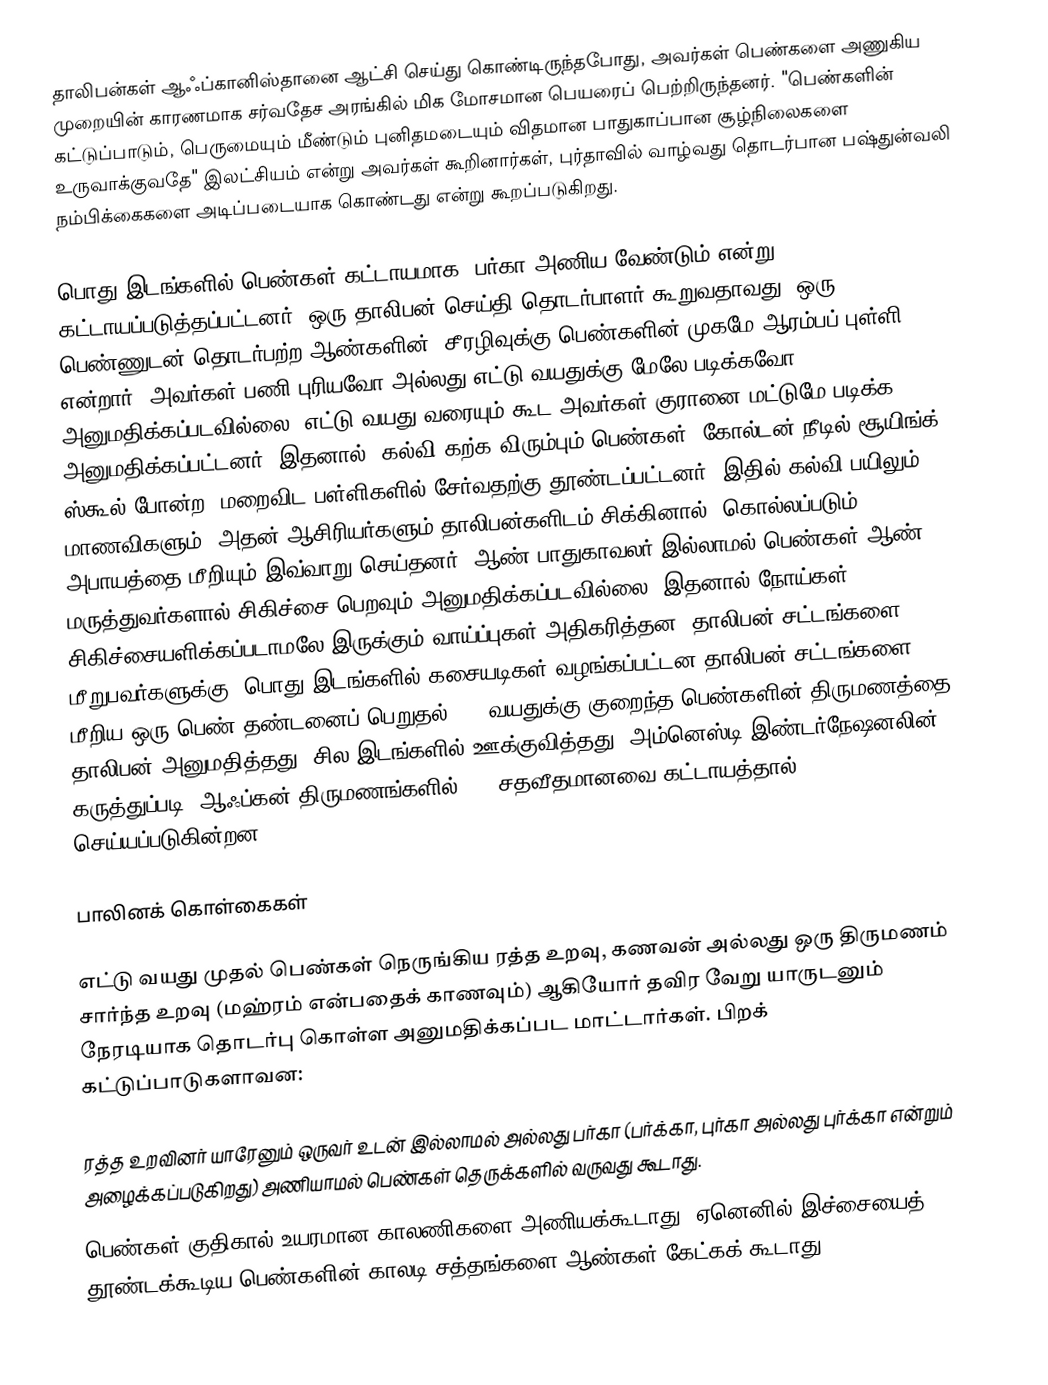
தாலிபன்கள் ஆஃப்கானிஸ்தானை ஆட்சி செய்து கொண்டிருந்தபோது, அவர்கள் பெண்களை அணுகிய முறையின் காரணமாக சர்வதேச அரங்கில் மிக மோசமான பெயரைப் பெற்றிருந்தனர். "பெண்களின் கட்டுப்பாடும், பெருமையும் மீண்டும் புனிதமடையும் விதமான பாதுகாப்பான சூழ்நிலைகளை உருவாக்குவதே" இலட்சியம் என்று அவர்கள் கூறினார்கள், புர்தாவில் வாழ்வது தொடர்பான பஷ்துன்வலி நம்பிக்கைகளை அடிப்படையாக கொண்டது என்று கூறப்படுகிறது.

பொது இடங்களில் பெண்கள் கட்டாயமாக, பர்கா அணிய வேண்டும் என்று கட்டாயப்படுத்தப்பட்டனர், ஒரு தாலிபன் செய்தி தொடர்பாளர் கூறுவதாவது, ஒரு பெண்ணுடன் தொடர்பற்ற ஆண்களின் "சீரழிவுக்கு பெண்களின் முகமே ஆரம்பப் புள்ளி" என்றார். அவர்கள் பணி புரியவோ அல்லது எட்டு வயதுக்கு மேலே படிக்கவோ அனுமதிக்கப்படவில்லை, எட்டு வயது வரையும் கூட அவர்கள் குரானை மட்டுமே படிக்க அனுமதிக்கப்பட்டனர். இதனால், கல்வி கற்க விரும்பும் பெண்கள், கோல்டன் நீடில் சூயிங்க் ஸ்கூல் போன்ற, மறைவிட பள்ளிகளில் சேர்வதற்கு தூண்டப்பட்டனர், இதில் கல்வி பயிலும் மாணவிகளும், அதன் ஆசிரியர்களும் தாலிபன்களிடம் சிக்கினால், கொல்லப்படும் அபாயத்தை மீறியும் இவ்வாறு செய்தனர். ஆண் பாதுகாவலர் இல்லாமல் பெண்கள் ஆண் மருத்துவர்களால் சிகிச்சை பெறவும் அனுமதிக்கப்படவில்லை, இதனால் நோய்கள் சிகிச்சையளிக்கப்படாமலே இருக்கும் வாய்ப்புகள் அதிகரித்தன. தாலிபன் சட்டங்களை மீறுபவர்களுக்கு, பொது இடங்களில் கசையடிகள் வழங்கப்பட்டன தாலிபன் சட்டங்களை மீறிய ஒரு பெண் தண்டனைப் பெறுதல். 16 வயதுக்கு குறைந்த பெண்களின் திருமணத்தை தாலிபன் அனுமதித்தது, சில இடங்களில் ஊக்குவித்தது. அம்னெஸ்டி இண்டர்நேஷனலின் கருத்துப்படி, ஆஃப்கன் திருமணங்களில், 80 சதவீதமானவை கட்டாயத்தால் செய்யப்படுகின்றன.

பாலினக் கொள்கைகள்

எட்டு வயது முதல் பெண்கள் நெருங்கிய ரத்த உறவு, கணவன் அல்லது ஒரு திருமணம் சார்ந்த உறவு (மஹ்ரம் என்பதைக் காணவும்) ஆகியோர் தவிர வேறு யாருடனும் நேரடியாக தொடர்பு கொள்ள அனுமதிக்கப்பட மாட்டார்கள். பிறக் கட்டுப்பாடுகளாவன:

 ரத்த உறவினர் யாரேனும் ஒருவர் உடன் இல்லாமல் அல்லது பர்கா (பர்க்கா, புர்கா அல்லது புர்க்கா என்றும் அழைக்கப்படுகிறது) அணியாமல் பெண்கள் தெருக்களில் வருவது கூடாது.
 பெண்கள் குதிகால் உயரமான காலணிகளை அணியக்கூடாது, ஏனெனில் இச்சையைத் தூண்டக்கூடிய பெண்களின் காலடி சத்தங்களை ஆண்கள் கேட்கக் கூடாது.